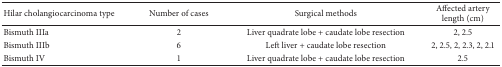
<table><thead><tr><td><b>Hilar cholangiocarcinoma type</b></td><td><b>Number of cases</b></td><td><b>Surgical methods</b></td><td><b> Affected artery length (cm) </b></td></tr></thead><tbody><tr><td>Bismuth IIIa</td><td>2</td><td>Liver quadrate lobe + caudate lobe resection</td><td> 2, 2.5</td></tr><tr><td>Bismuth IIIb</td><td>6</td><td>Left liver + caudate lobe resection</td><td>2, 2.5, 2, 2.3, 2, 2.1</td></tr><tr><td>Bismuth IV</td><td>1</td><td> Liver quadrate lobe + caudate lobe resection</td><td>2.5 </td></tr></tbody></table>